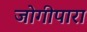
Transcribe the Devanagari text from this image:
जोगीपारा